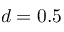
d = 0 . 5